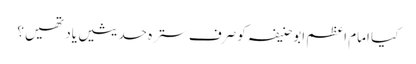
کیا امام اعظم ابوحنیفہ کو صرف سترہ حدیثیں یاد تھیں؟